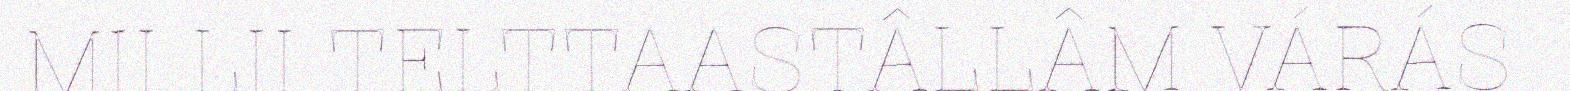
MII LII TELTTAASTÂLLÂM VÁRÁS